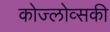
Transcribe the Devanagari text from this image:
कोज्लोव्सकी